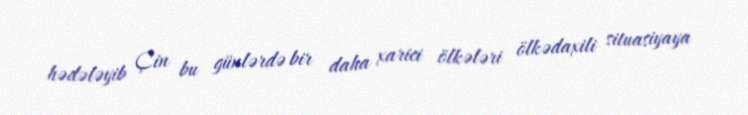
hədələyib Çin bu günlərdə bir daha xarici ölkələri ölkədaxili situasiyaya